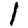
Digit: 1